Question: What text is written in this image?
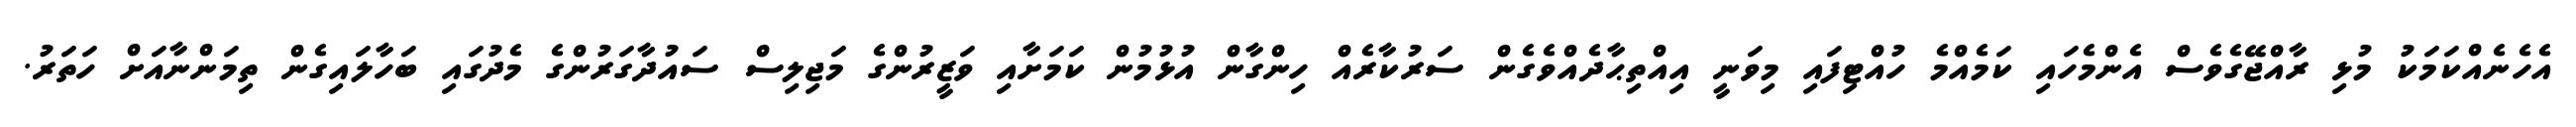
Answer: އެހެނެއްކަމަކު މުޅި ރާއްޖޭގެވެސް އެންމެހައި ކަމެއްމެ ހުއްޓިފައި މިވަނީ އިއްތިޙާދެއްވެގެން ސަރުކާރެއް ހިންގާން އުޅުމުން ކަމަށާއި ވަޒީރުންގެ މަޖިލިސް ސައުދާގަރުންގެ މެދުގައި ބަހާލައިގެން ތިމަންނާއަށް ހަތަރު.